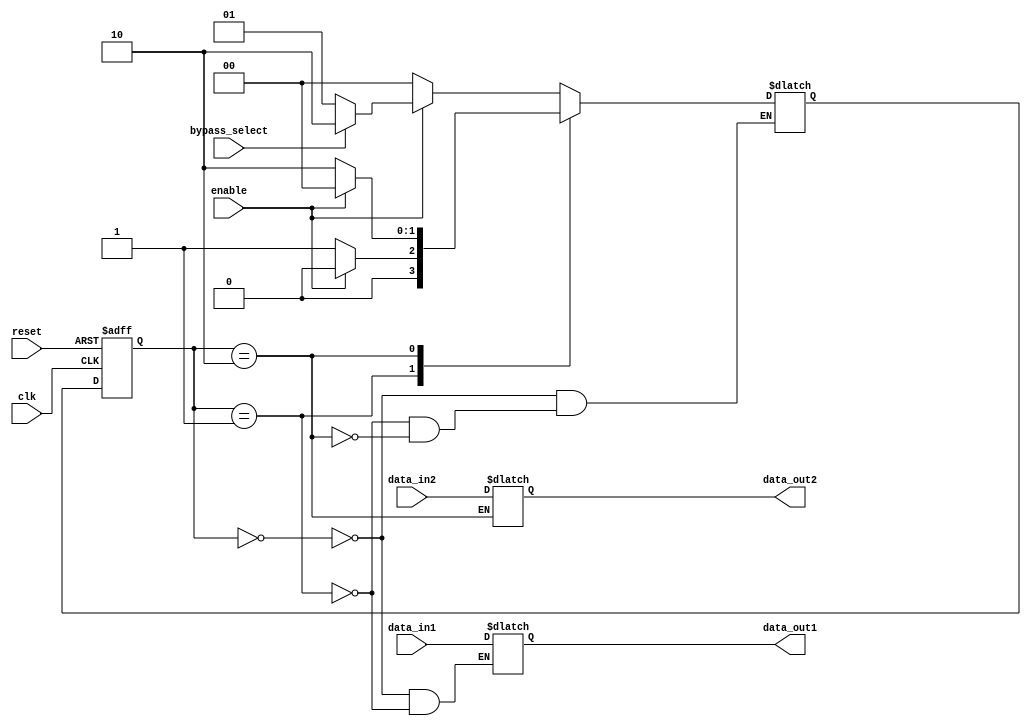
module timing_control_synchronization_bypass(
    input wire clk,
    input wire reset,
    input wire enable,
    input wire data_in1,
    input wire data_in2,
    input wire bypass_select,
    output reg data_out1,
    output reg data_out2
);

reg [1:0] state;
reg [1:0] next_state;

always @ (posedge clk or posedge reset) begin
    if (reset) begin
        state <= 2'b00;
    end else begin
        state <= next_state;
    end
end

always @ (*) begin
    case (state)
        2'b00: begin
            if (enable) begin
                if (!bypass_select) begin
                    next_state = 2'b01;
                end else begin
                    next_state = 2'b10;
                end
            end else begin
                next_state = 2'b00;
            end
            data_out1 = data_in1;
        end
        2'b01: begin
            if (enable) begin
                next_state = 2'b00;
            end else begin
                next_state = 2'b01;
            end
            data_out1 = data_in1;
        end
        2'b10: begin
            if (enable) begin
                next_state = 2'b00;
            end else begin
                next_state = 2'b10;
            end
            data_out2 = data_in2;
        end
    endcase
end

endmodule